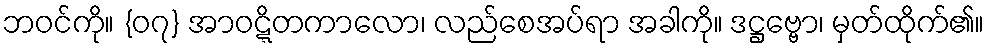
ဘဝင်ကို။ {၀၇} အာဝဋ္ဋိတကာလော၊ လည်စေအပ်ရာ အခါကို။ ဒဋ္ဌဗ္ဗော၊ မှတ်ထိုက်၏။